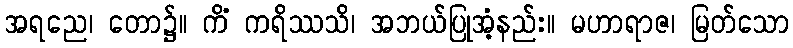
အရညေ၊ တော၌။ ကိံ ကရိဿသိ၊ အဘယ်ပြုအံ့နည်း။ မဟာရာဇ၊ မြတ်သော